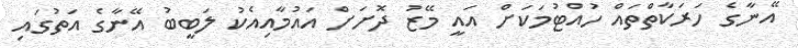
އޭނާގެ ހަރަކާތްތައް ހުއްޓުމަކަށް އައީ މޭޒު ދޮށަށް އައުމާއިއެކު ލަބީބު އޭނާގެ އަތުގައި